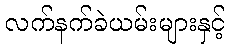
လက်နက်ခဲယမ်းများနှင့်